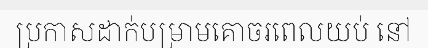
ប្រកាសដាក់បម្រាមគោចរពេលយប់ នៅ